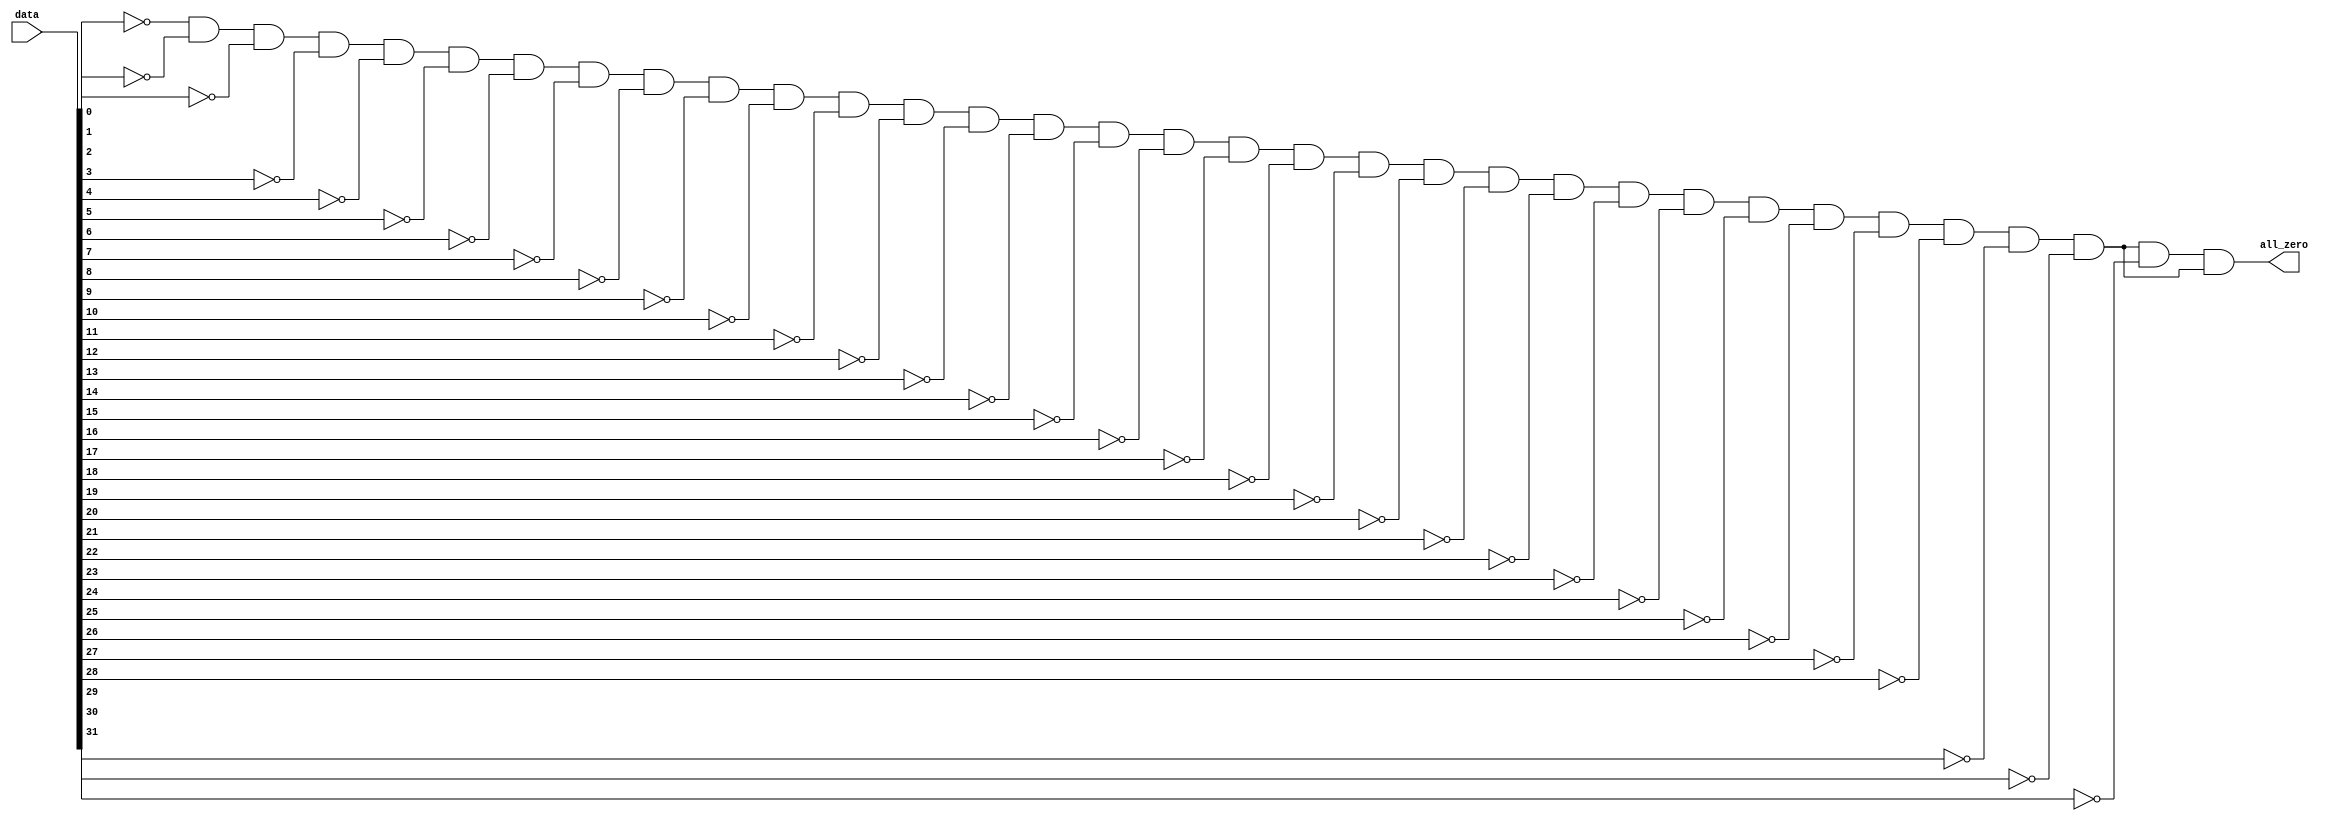
module zero_bit (
    input [31:0] data,
    output wire all_zero
);
    wire [31:0] not_data_in;
    not not_gate_0 (not_data_in[0], data[0]);
    not not_gate_1 (not_data_in[1], data[1]);
    not not_gate_2 (not_data_in[2], data[2]);
    not not_gate_3 (not_data_in[3], data[3]);
    not not_gate_4 (not_data_in[4], data[4]);
    not not_gate_5 (not_data_in[5], data[5]);
    not not_gate_6 (not_data_in[6], data[6]);
    not not_gate_7 (not_data_in[7], data[7]);
    not not_gate_8 (not_data_in[8], data[8]);
    not not_gate_9 (not_data_in[9], data[9]);
    not not_gate_10 (not_data_in[10], data[10]);
    not not_gate_11 (not_data_in[11], data[11]);
    not not_gate_12 (not_data_in[12], data[12]);
    not not_gate_13 (not_data_in[13], data[13]);
    not not_gate_14 (not_data_in[14], data[14]);
    not not_gate_15 (not_data_in[15], data[15]);
    not not_gate_16 (not_data_in[16], data[16]);
    not not_gate_17 (not_data_in[17], data[17]);
    not not_gate_18 (not_data_in[18], data[18]);
    not not_gate_19 (not_data_in[19], data[19]);
    not not_gate_20 (not_data_in[20], data[20]);
    not not_gate_21 (not_data_in[21], data[21]);
    not not_gate_22 (not_data_in[22], data[22]);
    not not_gate_23 (not_data_in[23], data[23]);
    not not_gate_24 (not_data_in[24], data[24]);
    not not_gate_25 (not_data_in[25], data[25]);
    not not_gate_26 (not_data_in[26], data[26]);
    not not_gate_27 (not_data_in[27], data[27]);
    not not_gate_28 (not_data_in[28], data[28]);
    not not_gate_29 (not_data_in[29], data[29]);
    not not_gate_30 (not_data_in[30], data[30]);
    not not_gate_31 (not_data_in[31], data[31]);

    wire [30:0] inter_wire;
    and and_gate_0 (inter_wire[0],   not_data_in[0], not_data_in[1]);
    and and_gate_1 (inter_wire[1],   inter_wire[0],    not_data_in[2]);
    and and_gate_2 (inter_wire[2],   inter_wire[1],    not_data_in[3]);
    and and_gate_3 (inter_wire[3],   inter_wire[2],    not_data_in[4]);
    and and_gate_4 (inter_wire[4],   inter_wire[3],    not_data_in[5]);
    and and_gate_5 (inter_wire[5],   inter_wire[4],    not_data_in[6]);
    and and_gate_6 (inter_wire[6],   inter_wire[5],    not_data_in[7]);
    and and_gate_7 (inter_wire[7],   inter_wire[6],    not_data_in[8]);
    and and_gate_8 (inter_wire[8],   inter_wire[7],    not_data_in[9]);
    and and_gate_9 (inter_wire[9],   inter_wire[8],    not_data_in[10]);
    and and_gate_10 (inter_wire[10], inter_wire[9],    not_data_in[11]);
    and and_gate_11 (inter_wire[11], inter_wire[10],   not_data_in[12]);
    and and_gate_12 (inter_wire[12], inter_wire[11],   not_data_in[13]);
    and and_gate_13 (inter_wire[13], inter_wire[12],   not_data_in[14]);
    and and_gate_14 (inter_wire[14], inter_wire[13],   not_data_in[15]);
    and and_gate_15 (inter_wire[15], inter_wire[14],   not_data_in[16]);
    and and_gate_16 (inter_wire[16], inter_wire[15],   not_data_in[17]);
    and and_gate_17 (inter_wire[17], inter_wire[16],   not_data_in[18]);
    and and_gate_18 (inter_wire[18], inter_wire[17],   not_data_in[19]);
    and and_gate_19 (inter_wire[19], inter_wire[18],   not_data_in[20]);
    and and_gate_20 (inter_wire[20], inter_wire[19],   not_data_in[21]);
    and and_gate_21 (inter_wire[21], inter_wire[20],   not_data_in[22]);
    and and_gate_22 (inter_wire[22], inter_wire[21],   not_data_in[23]);
    and and_gate_23 (inter_wire[23], inter_wire[22],   not_data_in[24]);
    and and_gate_24 (inter_wire[24], inter_wire[23],   not_data_in[25]);
    and and_gate_25 (inter_wire[25], inter_wire[24],   not_data_in[26]);
    and and_gate_26 (inter_wire[26], inter_wire[25],   not_data_in[27]);
    and and_gate_27 (inter_wire[27], inter_wire[26],   not_data_in[28]);
    and and_gate_28 (inter_wire[28], inter_wire[27],   not_data_in[29]);
    and and_gate_29 (inter_wire[29], inter_wire[28],   not_data_in[30]);
    and and_gate_30 (inter_wire[30], inter_wire[29],   not_data_in[31]);
    and and_gate_31 (all_zero, inter_wire[30], inter_wire[29]);



    

endmodule